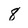
Character: 8